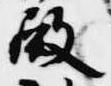
殿